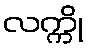
လက္ကို